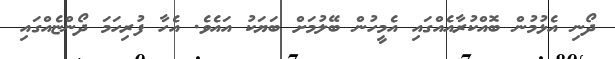
ދޯނި އެޅުމުން ބޮއްކުރާއެއްގައި އެމީހުން ބޭލުމަށް ބަޔަކު އައެވެ. އެހާ ފުރިހަމަ ދޯންޏެއްގައި